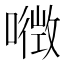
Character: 𡀏